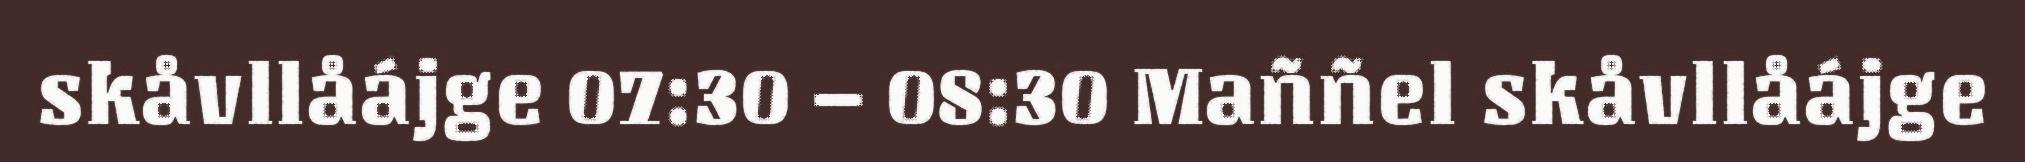
skåvllåájge 07:30 – 08:30 Maññel skåvllåájge